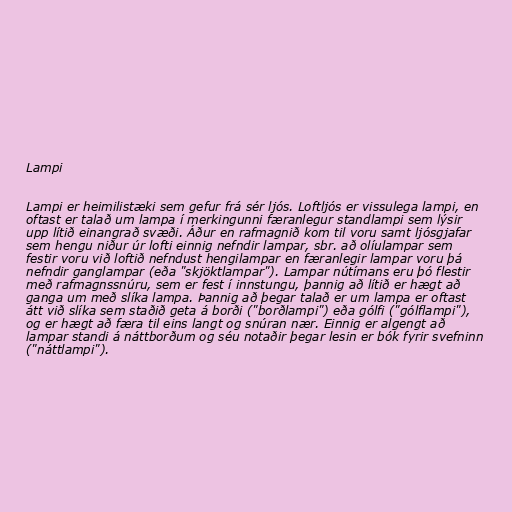
Lampi

Lampi er heimilistæki sem gefur frá sér ljós. Loftljós er vissulega lampi, en
oftast er talað um lampa í merkingunni færanlegur standlampi sem lýsir
upp lítið einangrað svæði. Áður en rafmagnið kom til voru samt ljósgjafar
sem hengu niður úr lofti einnig nefndir lampar, sbr. að olíulampar sem
festir voru við loftið nefndust hengilampar en færanlegir lampar voru þá
nefndir ganglampar (eða "skjöktlampar"). Lampar nútímans eru þó flestir
með rafmagnssnúru, sem er fest í innstungu, þannig að lítið er hægt að
ganga um með slíka lampa. Þannig að þegar talað er um lampa er oftast
átt við slíka sem staðið geta á borði ("borðlampi") eða gólfi ("gólflampi"),
og er hægt að færa til eins langt og snúran nær. Einnig er algengt að
lampar standi á náttborðum og séu notaðir þegar lesin er bók fyrir svefninn
("náttlampi").